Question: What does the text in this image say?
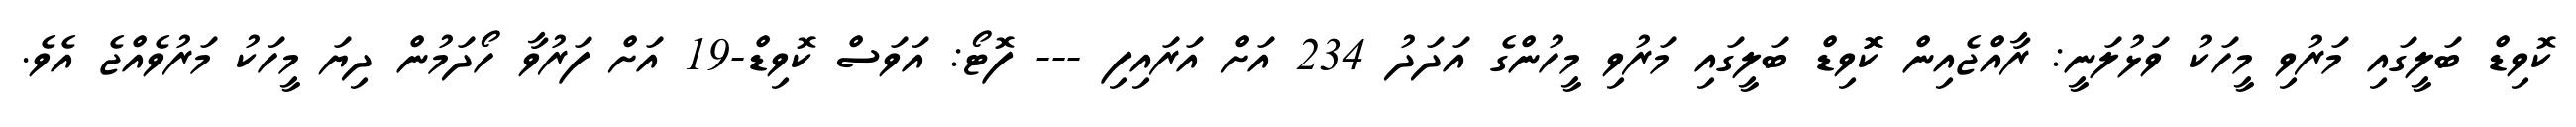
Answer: ކޮވިޑް ބަލީގައި މަރުވި މީހަކު ވަޅުލަނީ: ރާއްޖެއިން ކޮޮވިޑް ބަލީގައި މަރުވި މީހުންގެ އަދަދު 234 އަށް އަރައިފި --- ފޮޓޯ: އަވަސް ކޮވިޑް-19 އަށް ފަރުވާ ހޯދަމުން ދިޔަ މީހަކު މަރުވެއްޖެ އެވެ.